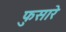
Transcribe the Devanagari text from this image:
फुसारे